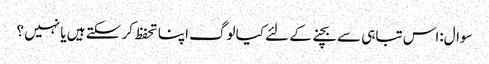
سوال:اس تباہی سے بچنے کے لئے کیا لوگ اپنا تحفظ کر سکتے ہیں یا نہیں ؟